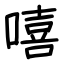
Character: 嘻